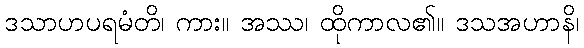
ဒသာဟပရမံတိ၊ ကား။ အဿ၊ ထိုကာလ၏။ ဒသအဟာနိ၊